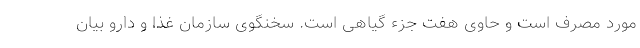
مورد مصرف است و حاوی هفت جزء گیاهی است. سخنگوی سازمان غذا و دارو بیان